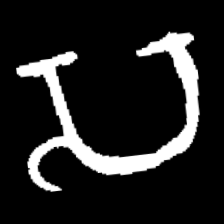
Pyu character \u2014 Myanmar letter: သ (romanized: sa)